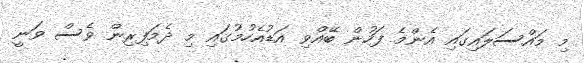
މި މައްސަލައިގައި އެންމެ ފަހުން ބޭއްވި އަޑުއެހުމުގައި މި ދެމަފިރިން ވެސް ވަނީ